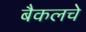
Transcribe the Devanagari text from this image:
बैकलचे